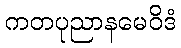
ကတပုညာနမေဝိဒံ